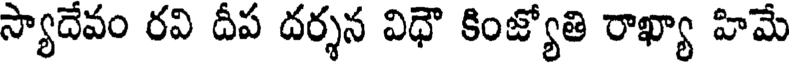
స్యాదేవం రవి దీప దర్శన విధౌ కింజ్యోతి రాఖ్యా హిమే